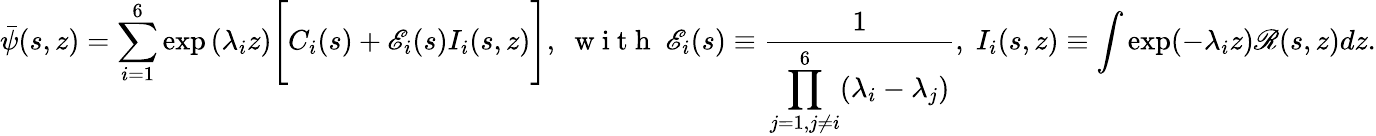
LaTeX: \bar{\psi}(s,z)=\sum_{i=1}^{6}\exp{(\lambda_{i}z)}\Bigg[C_{i}(s)+\mathscr{E}_{i}(s)I_{i}(s,z)\Bigg],\; \mathrm{~w~i~t~h~}\; \mathscr{E}_{i}(s)\equiv\frac{1}{\displaystyle\prod_{j=1,j\neq i}^{6}(\lambda_{i}-\lambda_{j})},\; I_{i}(s,z)\equiv\int\exp(-\lambda_{i}z)\mathscr{R}(s,z)dz.